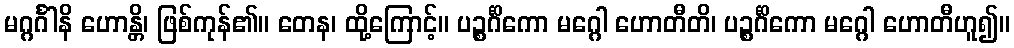
မဂ္ဂင်္ဂါနိ ဟောန္တိ၊ ဖြစ်ကုန်၏။ တေန၊ ထို့ကြောင့်။ ပဉ္စင်္ဂိကော မဂ္ဂေါ ဟောတီတိ၊ ပဉ္စင်္ဂိကော မဂ္ဂေါ ဟောတီဟူ၍။